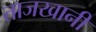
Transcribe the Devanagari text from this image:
ताजखानी